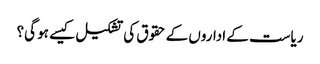
ریاست کے اداروں کے حقوق کی تشکیل کیسے ہو گی؟